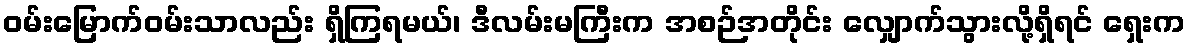
ဝမ်းမြောက်ဝမ်းသာလည်း ရှိကြရမယ်၊ ဒီလမ်းမကြီးက အစဉ်အတိုင်း လျှောက်သွားလို့ရှိရင် ရှေးက